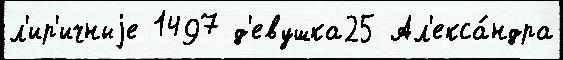
л'ир'ичныjе 1497 д'евушка25 Ал'екса́ндра